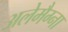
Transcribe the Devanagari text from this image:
अलेमैग्ना